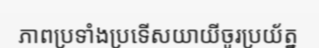
ភាពប្រទាំងប្រទើសយាយីចូរប្រយ័ត្ន